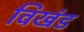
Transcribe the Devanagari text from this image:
विखंड